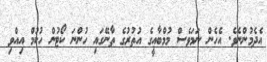
އެދެމުންނެވެ. އެހެން ނަމަވެސް މުމްބާއީގެ އުތުރުގެ ތާނޭގައި ހުންނަ ކޯޓުން ހުކުމް އިއްވި